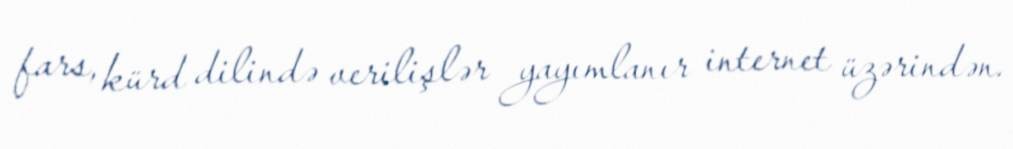
fars, kürd dilində verilişlər yayımlanır internet üzərindən.